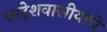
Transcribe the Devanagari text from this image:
परदेशवासीयांचे